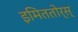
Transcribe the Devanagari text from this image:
इमिततोर्स्